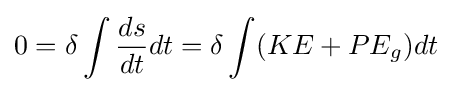
0=\delta \int {\frac {ds}{dt}}dt=\delta \int (KE+PE_{g})dt